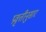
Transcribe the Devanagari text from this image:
प्रवृत्तीनुसार